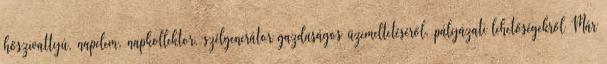
hőszivattyú, napelem, napkollektor, szélgenerátor gazdaságos üzemeltetéséről, pályázati lehetőségekről Már